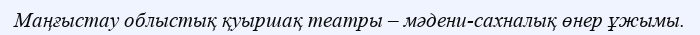
Маңғыстау облыстық қуыршақ театры – мәдени-сахналық өнер ұжымы.